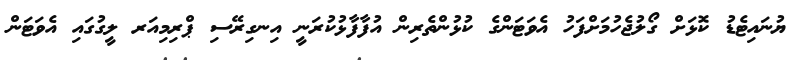
ޔުނައިޓެޑު ކޮޅަށް ގޯލުޖެހުމަށްފަހު އެވަޓަންގެ ކުޅުންތެރިން އުފާފާޅުކުރަނީ އިނގިރޭސި ޕްރިމިއަރ ލީގުގައި އެވަޓަން